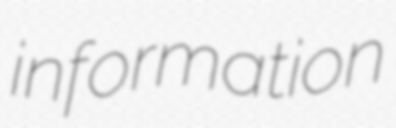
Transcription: information